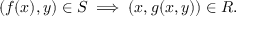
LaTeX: ( f ( x ) , y ) \in S \implies ( x , g ( x , y ) ) \in R .